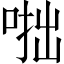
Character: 𠶯